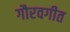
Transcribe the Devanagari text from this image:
गौरवगीत